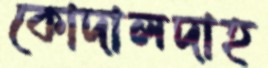
কোদালদাহ